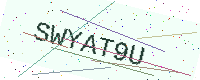
Text: SWYAT9U